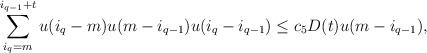
\begin{align*}\sum_{i_q=m}^{i_{q-1}+t} u(i_{q}-m) u(m-i_{q-1}) u(i_q-i_{q-1}) \leq c_5 D(t) u(m-{i_{q-1}}),\end{align*}